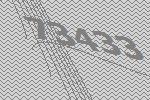
73433